Annual report on the lock hospitals of the Madras Presidency
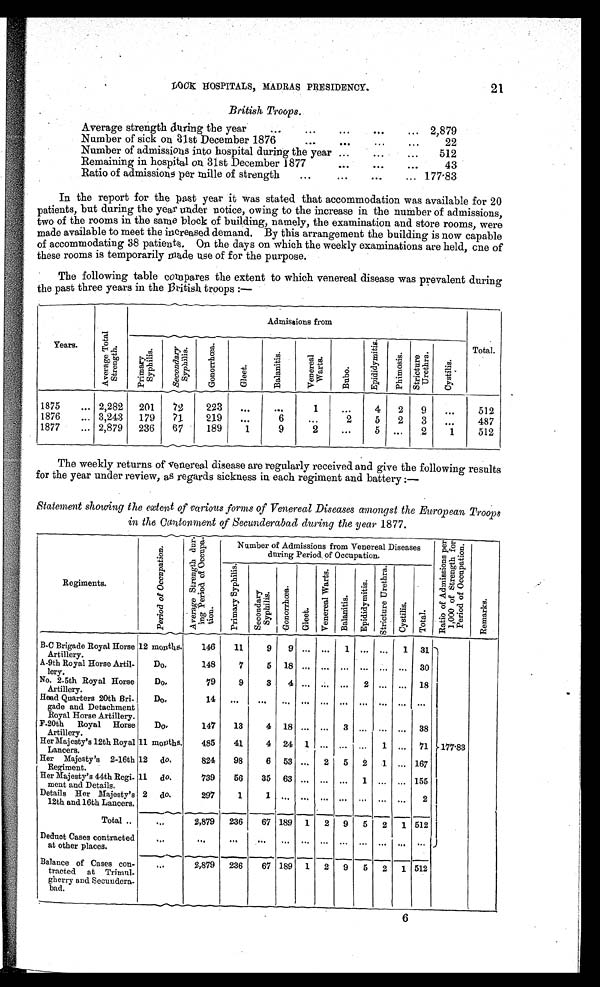
21
British Troops.
Average strength during the year
..
...
.. .
...
... 2,879
Number of sick on 31st December 1876
...
. . .
...
...
22
Number of admissions into hospital during the year ...
...
...
512
Remaining in hospital on 31st December 1877
. . .
. . .
43
Ratio of admissions per mille of strength
...
...
. .
... 177.83
In the report for the past year it was stated that accommodation was available for 20
patients, but during the year under notice, owing to the increase in the number of admissions,
two of the rooms in the same block of building, namely, the examination and store rooms, were
made available to meet the increased demand. By this arrangement the building is now capable
of accommodating 38 patients. On the days on which the weekly examinations are held, one of
these rooms is temporarily made use of for the purpose.
The following table compares the extent to which venereal disease was prevalent during
the past three years in the British troops:—
Years.
A v e r a g e T o t a l S t r e n g t h .
Admissions from
Total.
P r i m a r y S y p h i l i s .
S e c o n d a r y S y p h i l i s .
G o n o r r h œ a .
G l e e t .
B a l a n i t i s . Ve n e r e a l Wa r t s .
B u b o .
E p i d i d y m i t i s .
P h i m o s i s .
S t r i c t u r e Ur e t h r a .
C y s t i l i s .
1875
... 2,282
201
72
223
...
. . .
1
...
4
2
9
...
512
1876
... 3,243
179
7 1
219
...
6
...
2
5
2
3
. . .
487
1877
... 2,879
236
67
189
1
9
2
...
5 ...
2
1
512
The weekly returns of venereal disease are regularly received and give the following results
for the year under review, as regards sickness in each regiment and battery:—
Statement showing the extent of various forms of Venereal Diseases amongst the European Troops
in the Cantonment of Secunderabad during the year 1877.
Regiments.
P e r i o d o f Oc c u p a t i o n . A v e r a g e S t r e n g t h d u r - i n g P e r i o d o f O c c u p a - t i o n
Number of Admissions from Venereal Diseases
during Period of Occupation.
R a t i o o f A d m i s s i o n s p e r 1 , 0 0 0 o f S t r e n g t h f o r P e r i o d o f O c c u p a t i o n .
R e m a r k s .
P r i m a r y S y p h i l i s .
S e c o n d a r y S y p h i l i s .
Go n o r r h œa .
Gl eet .
V e n e r e a l W a r t s .
Ba l a n i t i s .
E p i d i d y mi t i s .
S t r i c t u r e U r e t h r a .
C y s t i l i s .
T o t a l .
B-C Brigade Royal Horse
Artillery.
12 months.
146
11
9
9 ... ... 1 ... ...
1 31
A-9th Royal Horse Artil
-lery.
Do .
148
7
5
1 8
. . .
. . .
. . .
. . . . . .
. . .
3 0
No. 2-5th Royal Horse
Artillery.
D o .
79
9
3
4 ... ... ...
2 ... ... 18
Head Quarters 20th Bri
-gade and Detachment
Do .
1 4
. . .
. . .
. . .
. . .
. . .
. . .
. . . . . .
. . . . . .
Royal Horse Artillery.
F-20th Royal Horse
Artillery.
Do .
147
13
4 18 ... ... 3 ... ... ... 38
Her Majesty's 12th Royal
Lancers.
11 months.
485
41
4 24 1 ... ... ...
1 ... 71 177.83
Her Majesty's 2-16th
Regiment.
12 do.
824
98
6 53 ... 2 5 2 1 ... 167
Her Majesty's 44th Regi
-ment and Details.
11 do.
739
56
35 63 ... ... ... 1 ... ... 155
Details Her Majesty's
12th and 16th Lancers.
2 do.
297
1
1
. . .
. . .
. . .
. . .
. . . . . .
. . .
2
Total ..
...
2,879 236
67 189 1 2 9 5 2 1 512
Deduct Cases contracted
at other places.
. . .
. . .
. . .
. . . ...
. . .
. . .
. . .
. . . . . .
. . . ...
Balance of Cases con-
tracted at Trimul
-gherry and Secundera-
bad.
...
2,879 236
67 189 1 2 9 5 2 1 512
6